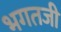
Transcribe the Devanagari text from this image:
भगतजी